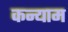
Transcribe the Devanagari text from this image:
कन्याम